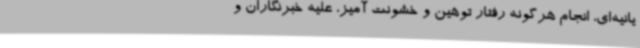
یانیه‌ای، انجام هرگونه رفتار توهین و خشونت آمیز، علیه خبرنگاران و